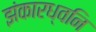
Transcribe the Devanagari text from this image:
झंकारध्वनि